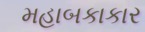
મહાબકાકાર